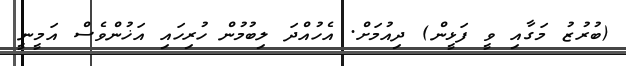
(ބުރުޒު މަގާއި ވީ ފަޅީން) ދިއުމަށް. އެހުއްދަ ލިބުމުން ހުރިހައި އަޚުންވެސް އަމީނީ